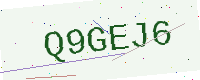
Text: Q9GEJ6